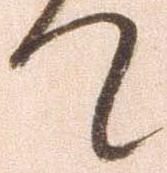
て